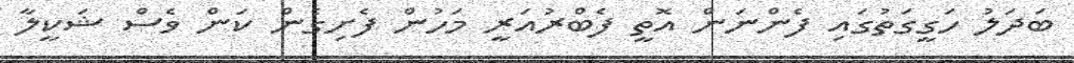
ބަދަލު ހަގީގަތުގައި ފެންނަން އޮތީ ފެބްރުއަރީ މަހުން ފެށިގެން ކަން ވެސް ޝަކީލާ